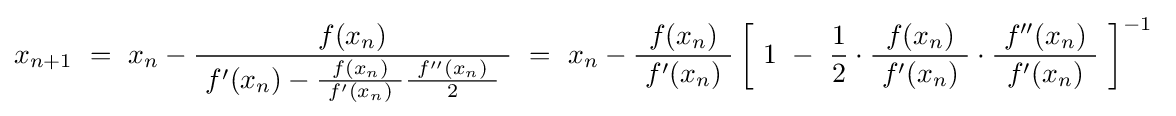
x_{n+1}\ =\ x_{n}-{\frac {f(x_{n})}{\ f'(x_{n})-{\frac {f(x_{n})}{\ f'(x_{n})\ }}{\frac {\ f''(x_{n})\ }{2}}\ }}\ =\ x_{n}-{\frac {f(x_{n})}{\ f'(x_{n})\ }}\left[\ 1\ -\ {\frac {1}{2}}\cdot {\frac {f(x_{n})}{\ f'(x_{n})\ }}\cdot {\frac {\ f''(x_{n})\ }{f'(x_{n})}}\ \right]^{-1}~